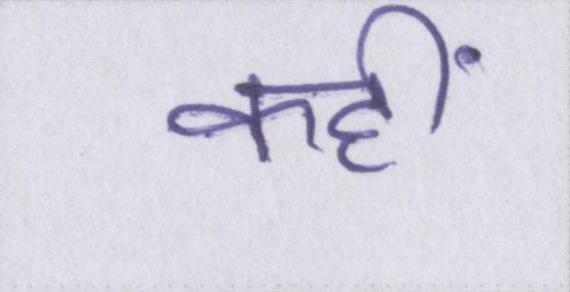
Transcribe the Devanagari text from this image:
कहीं